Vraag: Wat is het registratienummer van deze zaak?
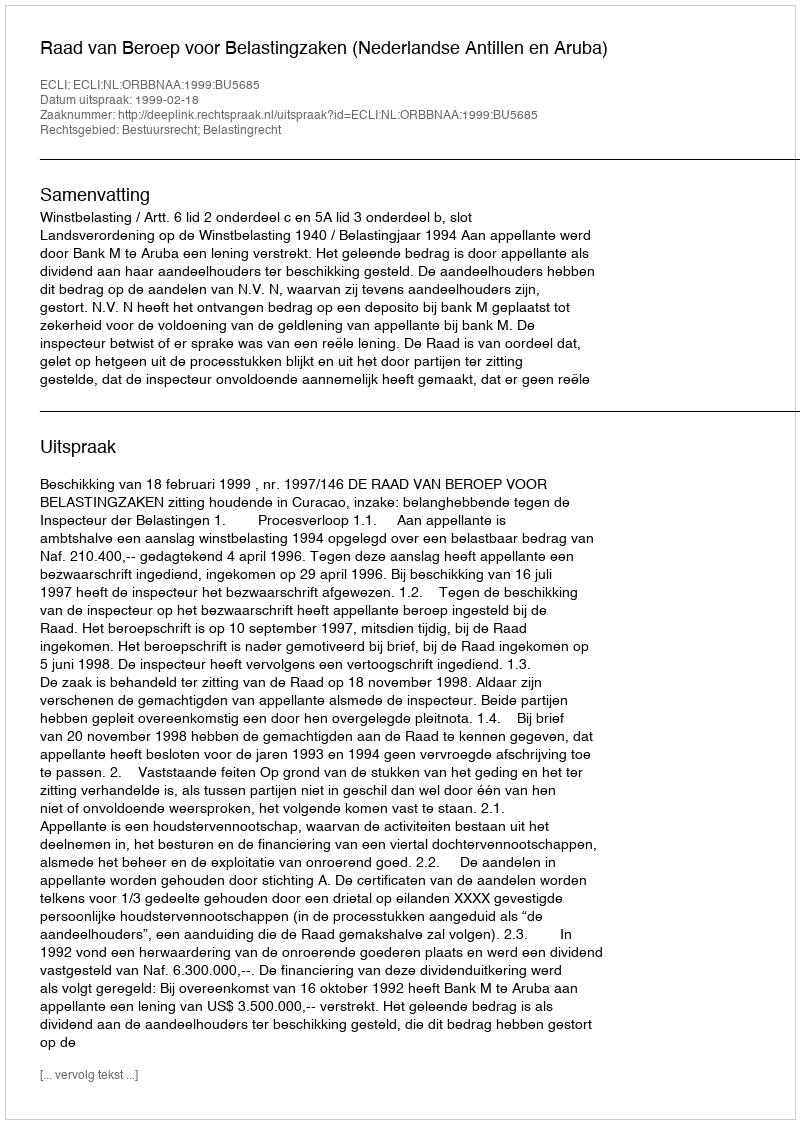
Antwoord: http://deeplink.rechtspraak.nl/uitspraak?id=ECLI:NL:ORBBNAA:1999:BU5685